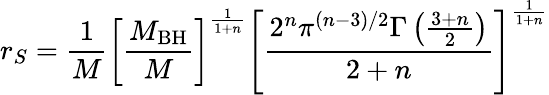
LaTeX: r_{S}={\frac{1}{M}}\left[\frac{M_{\mathrm{BH}}}{M}\right]^{\frac{1}{1+n}}\left[{\frac{2^{n}\pi^{(n-3)/2}\Gamma\left({\frac{3+n}{2}}\right)}{2+n}}\right]^{\frac{1}{1+n}}